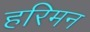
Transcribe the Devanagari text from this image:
हरिमन